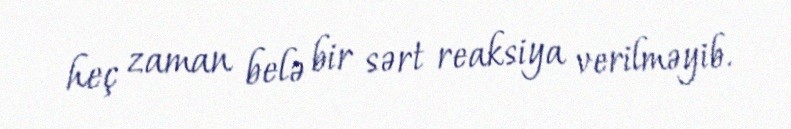
heç zaman belə bir sərt reaksiya verilməyib.